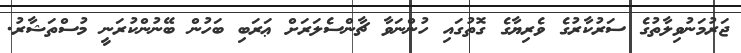
ޖަރުމަނުވިލާތުގެ ސަރުކާރުގެ ވެރިޔާގެ ގޮތުގައި ހުންނަވާ ޗާންސެލަރަށް ޢަރަބި ބަހުން ބޭނުންކުރަނީ މުސްތަޝާރު.